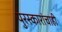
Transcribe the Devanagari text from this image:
पुरस्कारांचाही